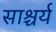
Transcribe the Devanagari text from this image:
साश्चर्य